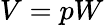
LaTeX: V=pW